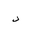
Letter: _dal